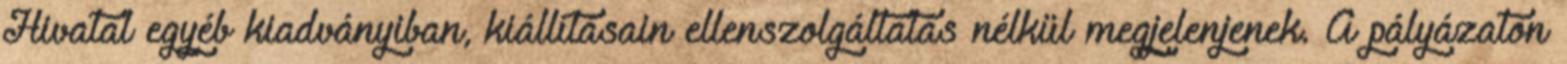
Hivatal egyéb kiadványiban, kiállításain ellenszolgáltatás nélkül megjelenjenek. A pályázaton